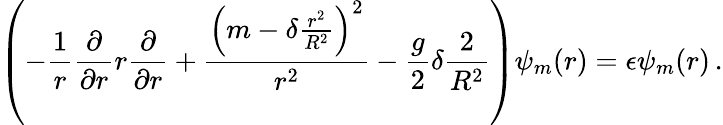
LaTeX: \left(-{\frac{1}{r}}{\frac{\partial}{\partial r}}r{\frac{\partial}{\partial r}}+{\frac{\left(m-\delta{\frac{r^{2}}{R^{2}}}\right)^{2}}{r^{2}}}-{\frac{g}{2}}\delta{\frac{2}{R^{2}}}\right)\psi_{m}(r)=\epsilon\psi_{m}(r)\, .